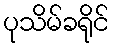
ပုသိမ်ခရိုင်